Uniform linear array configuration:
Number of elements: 8
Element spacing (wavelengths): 0.75
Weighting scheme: kaiser
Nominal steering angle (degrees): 45
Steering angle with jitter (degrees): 45.638
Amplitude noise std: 0.05
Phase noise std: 0.05

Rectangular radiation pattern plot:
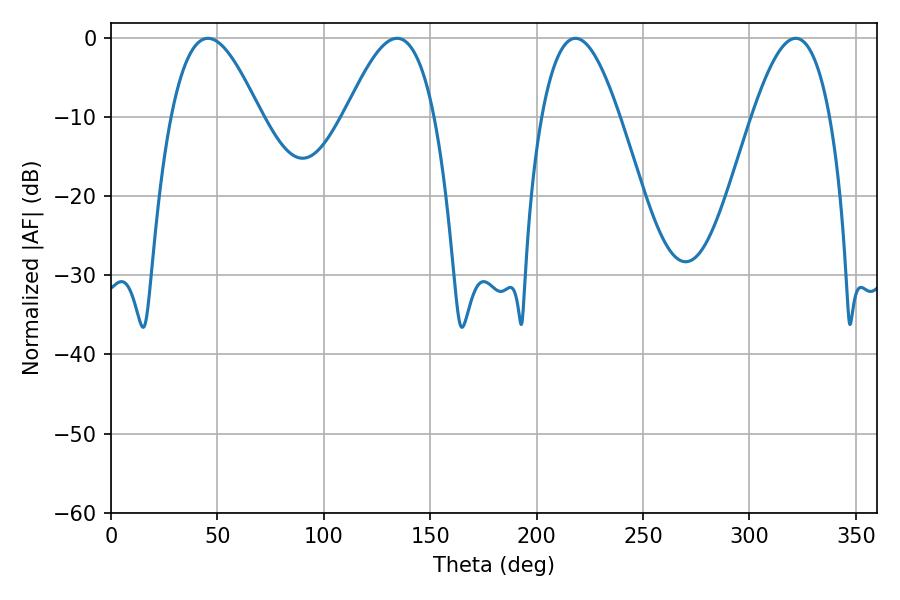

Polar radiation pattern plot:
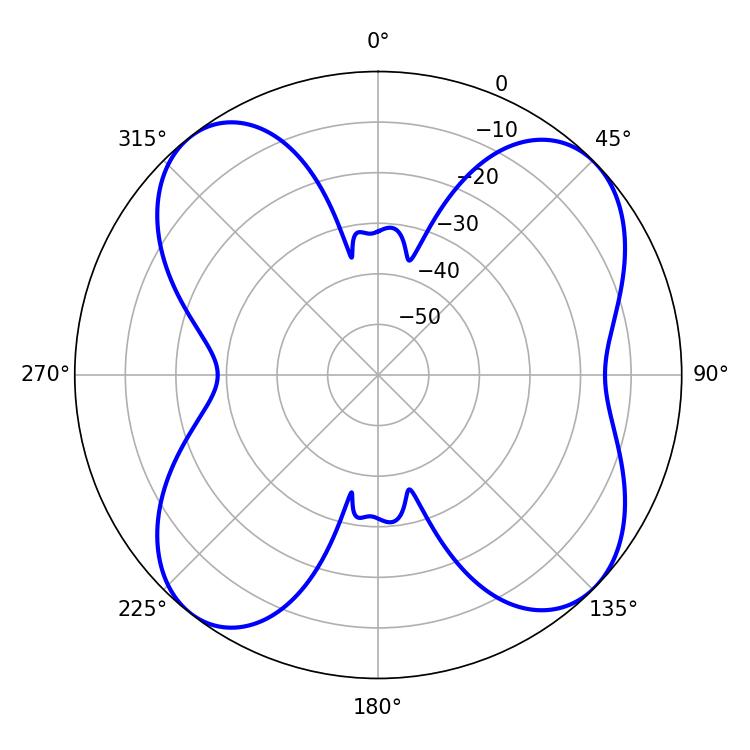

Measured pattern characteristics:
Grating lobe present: TRUE
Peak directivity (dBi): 10.72
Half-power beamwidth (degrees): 22.68
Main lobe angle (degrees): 45.54